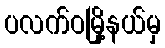
ပလက်ဝမြို့နယ်မှ